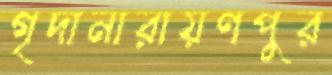
গৃদানারায়ণপুর